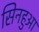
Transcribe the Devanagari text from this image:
सिनहुआ